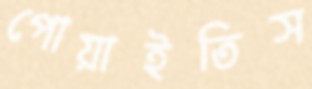
পোয়াইতিস